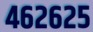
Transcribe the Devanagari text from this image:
४६२६२५